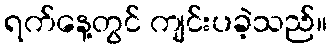
ရက်နေ့တွင် ကျင်းပခဲ့သည်။